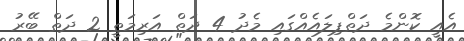
އެއީ ކޮންމެ ދަތްޕިލައެއްގައި މެދު 4 ދަތް އަރިމަތީ 2 ދަތް ބޭރު